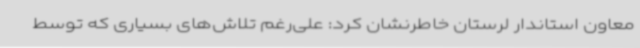
معاون استاندار لرستان خاطرنشان کرد: علی‌رغم تلاش‌های بسیاری که توسط